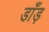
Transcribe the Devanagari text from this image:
डाँड़